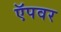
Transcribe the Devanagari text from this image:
ऍपवर